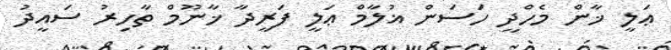
ޢަލީ ޚާން މެހްދީ ހަސަން ޣުލާމް ޢަލީ ފަރީދާ ޚާނޫމް ތާހިރު ސައީދު